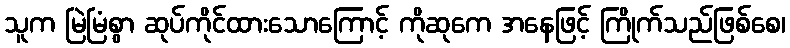
သူက မြဲမြံစွာ ဆုပ်ကိုင်ထားသောကြောင့် ကိုဆုကေ အနေဖြင့် ကြိုက်သည်ဖြစ်စေ၊